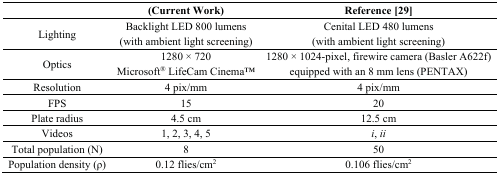
|  | (Current Work) | Reference [29] |
 | --- | --- | --- |
 | Lighting | Backlight LED 800 lumens (with ambient light screening) | Cenital LED 480 lumens (with ambient light screening) |
 | Optics | 1280 × 720Microsoft® LifeCam CinemaTM | 1280 × 1024-pixel, firewire camera (Basler A622f)equipped with an 8 mm lens (PENTAX) |
 | Resolution | 4 pix/mm | 4 pix/mm |
 | FPS | 15 | 20 |
 | Plate radius | 4.5 cm | 12.5 cm |
 | Videos | 1, 2, 3, 4, 5 | i, ii |
 | Total population (N) | 8 | 50 |
 | Population density (ρ) | 0.12 flies/cm2 | 0.106 flies/cm2 |